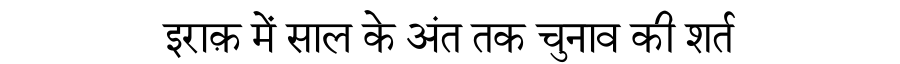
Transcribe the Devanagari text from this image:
इराक़ में साल के अंत तक चुनाव की शर्त